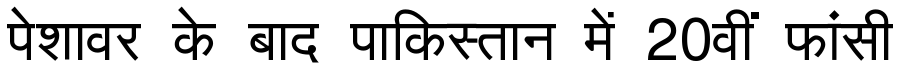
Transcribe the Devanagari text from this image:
पेशावर के बाद पाकिस्तान में 20वीं फांसी